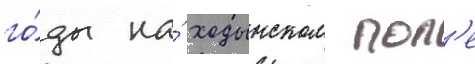
го́ды на́ ходынском пол'е